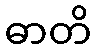
ဓာတိ